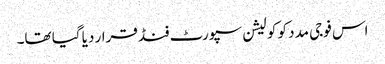
اس فوجی مدد کو کولیشن سپورٹ فنڈ قرار دیا گیا تھا۔